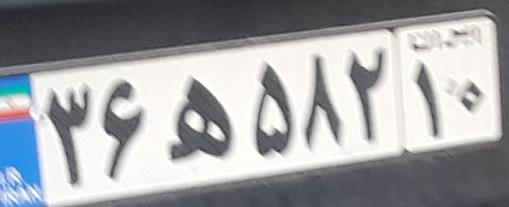
۳۶ه۵۸۲۱۰